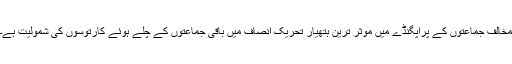
مخالف جماعتوں کے پراپگنڈے میں موثر ترین ہتھیار تحریک انصاف میں باقی جماعتوں کے چلے ہوئے کارتوسوں کی شمولیت ہے۔